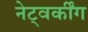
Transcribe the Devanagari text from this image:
नेट्वर्कींग